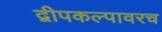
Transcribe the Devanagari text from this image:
द्वीपकल्पावरच